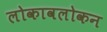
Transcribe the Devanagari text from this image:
लोकावलोकन